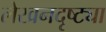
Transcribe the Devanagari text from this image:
लेखनदृष्ट्या